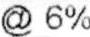
@ 6%